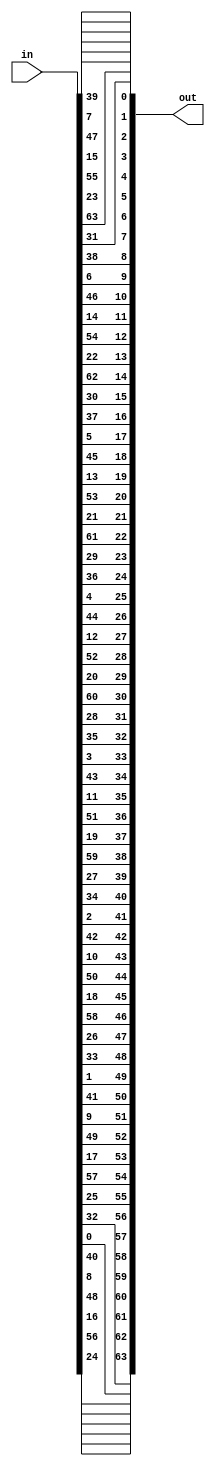
module IP_inv(input [1:64] in, output [1:64] out);
  assign out[1] = in[40];
  assign out[2] = in[8];
  assign out[3] = in[48];
  assign out[4] = in[16];
  assign out[5] = in[56];
  assign out[6] = in[24];
  assign out[7] = in[64];
  assign out[8] = in[32];
  assign out[9] = in[39];
  assign out[10] = in[7];
  assign out[11] = in[47];
  assign out[12] = in[15];
  assign out[13] = in[55];
  assign out[14] = in[23];
  assign out[15] = in[63];
  assign out[16] = in[31];
  assign out[17] = in[38];
  assign out[18] = in[6];
  assign out[19] = in[46];
  assign out[20] = in[14];
  assign out[21] = in[54];
  assign out[22] = in[22];
  assign out[23] = in[62];
  assign out[24] = in[30];
  assign out[25] = in[37];
  assign out[26] = in[5];
  assign out[27] = in[45];
  assign out[28] = in[13];
  assign out[29] = in[53];
  assign out[30] = in[21];
  assign out[31] = in[61];
  assign out[32] = in[29];
  assign out[33] = in[36];
  assign out[34] = in[4];
  assign out[35] = in[44];
  assign out[36] = in[12];
  assign out[37] = in[52];
  assign out[38] = in[20];
  assign out[39] = in[60];
  assign out[40] = in[28];
  assign out[41] = in[35];
  assign out[42] = in[3];
  assign out[43] = in[43];
  assign out[44] = in[11];
  assign out[45] = in[51];
  assign out[46] = in[19];
  assign out[47] = in[59];
  assign out[48] = in[27];
  assign out[49] = in[34];
  assign out[50] = in[2];
  assign out[51] = in[42];
  assign out[52] = in[10];
  assign out[53] = in[50];
  assign out[54] = in[18];
  assign out[55] = in[58];
  assign out[56] = in[26];
  assign out[57] = in[33];
  assign out[58] = in[1];
  assign out[59] = in[41];
  assign out[60] = in[9];
  assign out[61] = in[49];
  assign out[62] = in[17];
  assign out[63] = in[57];
  assign out[64] = in[25];
endmodule